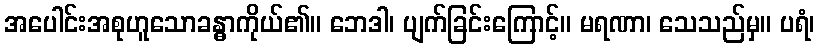
အပေါင်းအစုဟူသောခန္ဓာကိုယ်၏။ ဘေဒါ၊ ပျက်ခြင်းကြောင့်။ မရဏာ၊ သေသည်မှ။ ပရံ၊